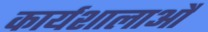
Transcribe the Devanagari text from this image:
कार्यशालाऔ